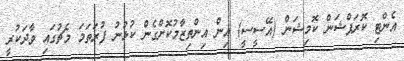
އެންޓި ކޮރަޕްޝަން ކޮމިޝަން (އޭސީސީ) އިން އިންތިޒާމުކޮށްގެން ކުޅުނު ފުރަތަމަ މެޗުގައި ވާދަކުރީ